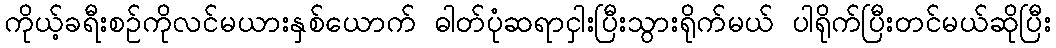
ကိုယ့်ခရီးစဉ်ကိုလင်မယားနှစ်ယောက် ဓါတ်ပုံဆရာငှါးပြီးသွားရိုက်မယ် ပါရိုက်ပြီးတင်မယ်ဆိုပြီး